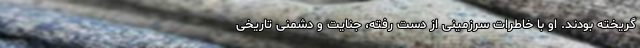
گریخته بودند. او با خاطرات سرزمینی از دست رفته، جنایت و دشمنی تاریخی